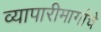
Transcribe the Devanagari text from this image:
व्यापारीमार्गाचे